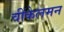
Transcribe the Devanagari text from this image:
वींकेलमन